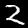
Label: 2